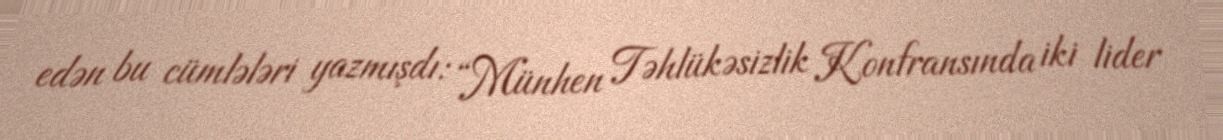
edən bu cümlələri yazmışdı: “Münhen Təhlükəsizlik Konfransında iki lider